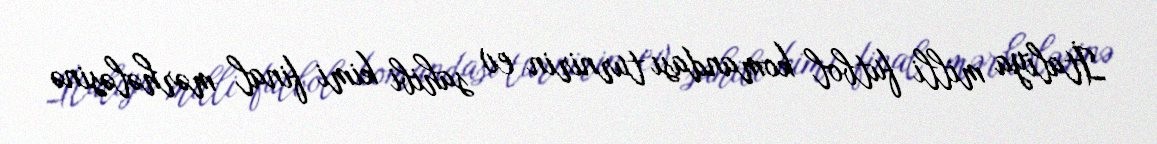
İtaliya milli futbol komandası turnirin ev sahibi kimi final mərhələsinə